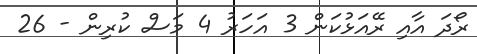
ރޯދަ އާއި ރޭއަޅުކަން 3 އަހަރު 4 މަސް ކުރިން - 26